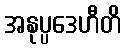
အနုပ္ပဒေဟီတိ